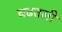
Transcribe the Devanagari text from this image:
चढतली